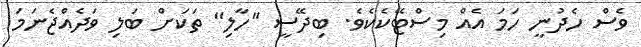
ވެސް ހެދުނީ ހަމަ އެއް މިސްޓޭކެކެވެ. ބިދޭސީ "ހާލި" ތަކަށް ބަލި ވަދެއްޖެނަމަ